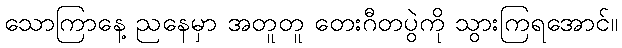
သောကြာနေ့ ညနေမှာ အတူတူ တေးဂီတပွဲကို သွားကြရအောင်။